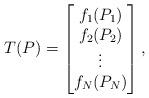
LaTeX: \begin{align*}T(P)=\begin{bmatrix} f_1(P_1) \\ f_2(P_2) \\ \vdots \\ f_N(P_N) \\ \end{bmatrix},\end{align*}